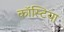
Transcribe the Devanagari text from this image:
कॉस्टिया